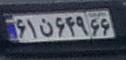
۶۱ن۶۴۹۶۶